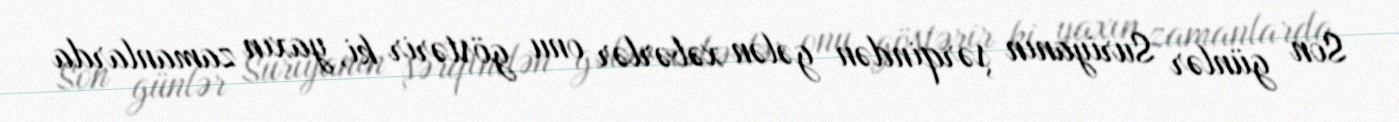
Son günlər Suriyanın şərqindən gələn xəbərlər onu göstərir ki, yaxın zamanlarda